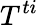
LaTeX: T^{ti}